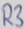
Text: R3